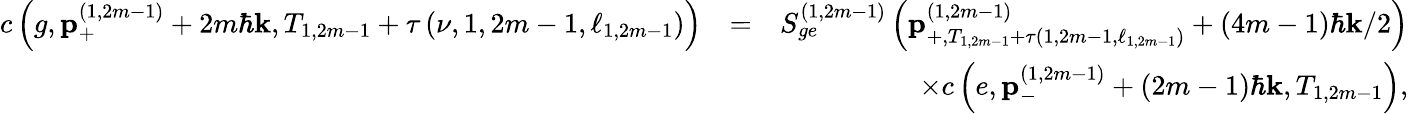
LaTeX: \begin{array}{rlr}{c\left(g,\mathbf{p}_{+}^{\left(1,2m-1\right)}+2m\hbar\mathbf{k},T_{1,2m-1}+\tau\left(\nu,1,2m-1,\ell_{1,2m-1}\right)\right)}&{=}&{S_{ge}^{\left(1,2m-1\right)}\left(\mathbf{p}_{+,T_{1,2m-1}+\tau\left(1,2m-1,\ell_{1,2m-1}\right)}^{\left(1,2m-1\right)}+\left(4m-1\right)\hbar\mathbf{k}/2\right)}\\ &{}&{\times c\left(e,\mathbf{p}_{-}^{\left(1,2m-1\right)}+\left(2m-1\right)\hbar\mathbf{k},T_{1,2m-1}\right),}\end{array}